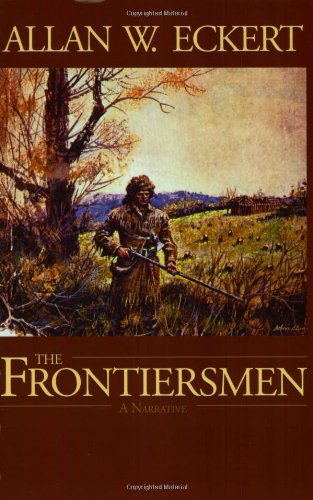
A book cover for The Frontiersmen: A Narrative; Allan W. Eckert; Biographies & Memoirs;